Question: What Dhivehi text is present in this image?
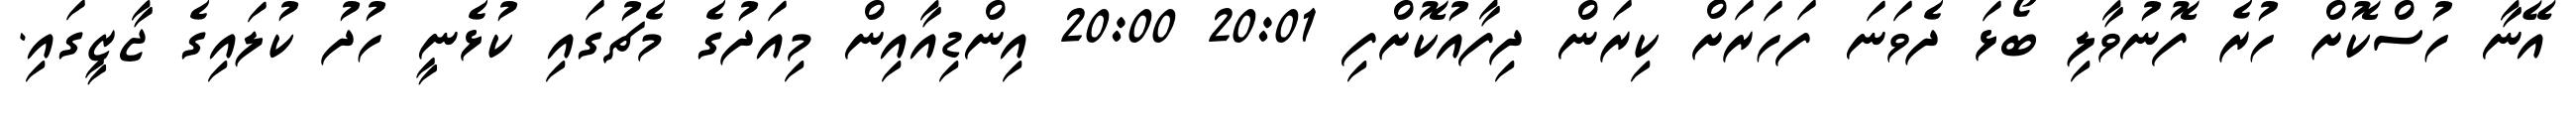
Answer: އޭނާ ހުސްކޮށް ހުރެ ފޮނުވާލި ބޯޅަ ދެވަނަ ފަހަރަށް ކިރަން ދިފާއުކޮށްފި 20:01 20:00 އިންޑިއާއިން މިއަދުގެ މެޗުގައި ކުޅެނީ ހުދު ކުލައިގެ ޖާޒީގައި.